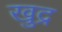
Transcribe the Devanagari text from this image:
खुद्र